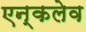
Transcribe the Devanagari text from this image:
एन्कलेव